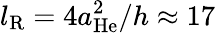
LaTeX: l_{\mathrm{R}}=4a_{\mathrm{He}}^{2}/h\approx 17